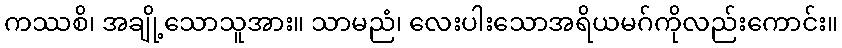
ကဿစိ၊ အချို့သောသူအား။ သာမညံ၊ လေးပါးသောအရိယမဂ်ကိုလည်းကောင်း။